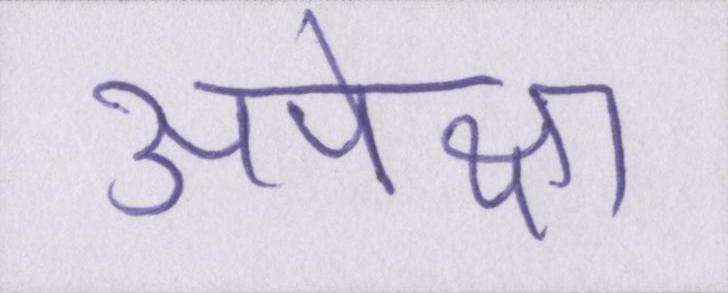
अपेक्षा